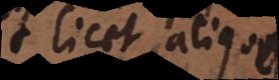
licet aliquos